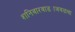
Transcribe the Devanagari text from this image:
शनिवारवाड्याजवळचा